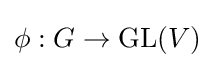
\phi :G\to \operatorname {GL} (V)